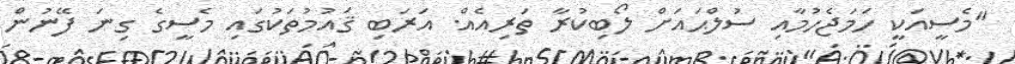
"މެސީއަކީ ހަމަޖެހުމާއި ސުލްޙައަށް ލޯބިކުރާ ތަރިއެއް. އަރަބި ޤައުމުތަކުގައި މެސީގެ ގިނަ ފޭނުން